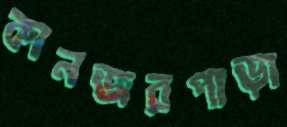
কানজরপাড়া